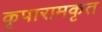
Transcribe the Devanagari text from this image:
कृपारामकृत